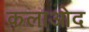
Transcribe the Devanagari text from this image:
कलाओद